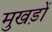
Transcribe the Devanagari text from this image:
मुखड़ों